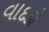
વાદકો